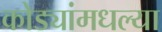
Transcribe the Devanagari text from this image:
कोड्यांमधल्या